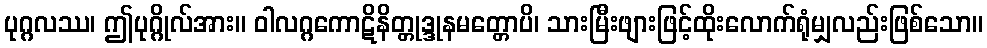
ပုဂ္ဂလဿ၊ ဤပုဂ္ဂိုလ်အား။ ဝါလဂ္ဂကောဋိနိတ္တုဒ္ဒုနမတ္တောပိ၊ သားမြီးဖျားဖြင့်ထိုးလောက်ရုံမျှလည်းဖြစ်သော။